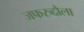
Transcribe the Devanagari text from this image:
जफरुद्दौला